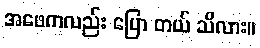
အဖေကလည်း ပြော တယ် သိလား။